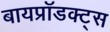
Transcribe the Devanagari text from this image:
बायप्रॉडक्ट्स